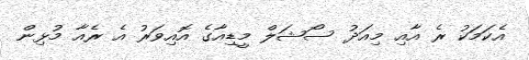
އެކަމަކު ރެ އާއި މިއަދު ސޯޝަލް މީޑިއާގެ އޮއިވަރު އެ ރެއާ މުޅިން